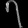
Digit: ၇